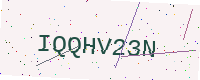
Text: IQQHV23N